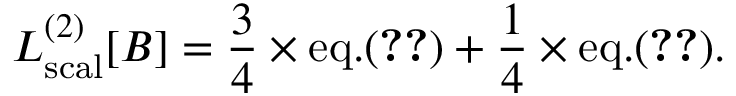
{ \cal L } _ { \mathrm { s c a l } } ^ { ( 2 ) } [ B ] = { \frac { 3 } { 4 } } \times \mathrm { e q . } ( \ref { G a m m a 2 s c a l } ) + { \frac { 1 } { 4 } } \times \mathrm { e q . } ( \ref { G a m m a 2 s c a l p I } ) .